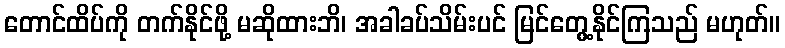
တောင်ထိပ်ကို တက်နိုင်ဖို့ မဆိုထားဘိ၊ အခါခပ်သိမ်းပင် မြင်တွေ့နိုင်ကြသည် မဟုတ်။